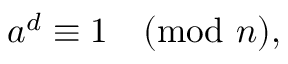
a ^ { d } \equiv 1 { \pmod { n } } ,